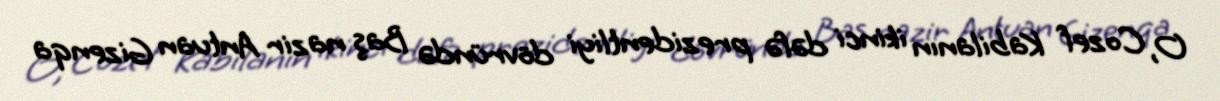
O, Cozef Kabilanın ikinci dəfə prezidentliyi dövründə Baş nazir Antuan Gizenqa